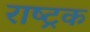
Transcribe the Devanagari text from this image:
राष्ट्रक